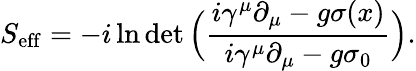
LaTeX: S_{\mathrm{eff}}=-i\ln\operatorname*{det}{\Big(}{\frac{i\gamma^{\mu}{\partial}_{\mu}-g\sigma(x)}{i\gamma^{\mu}{\partial}_{\mu}-g\sigma_{0}}}{\Big)}.